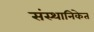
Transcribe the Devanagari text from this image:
संस्थानिकेत